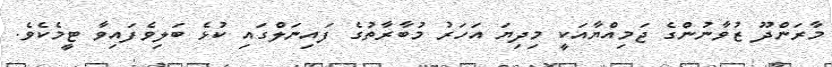
މާރަންދޫ ޒުވާނުންގެ ޖަމިއްޔާއަކީ މިދިޔަ އަހަރު މުބާރާތުގެ ފައިނަލްގައި ކުޅެ ބަލިވެފައިވާ ޓީމެކެވެ.